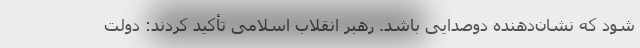
شود که نشان‌دهنده دوصدایی باشد. رهبر انقلاب اسلامی تأکید کردند: دولت